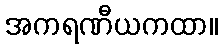
အကရဏီယကထာ။